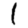
Digit: 1